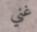
غني